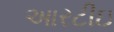
આરટીઇ